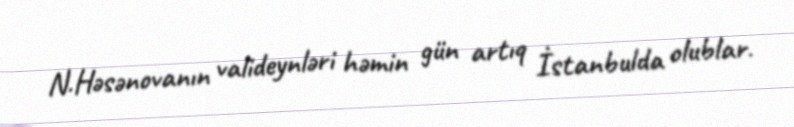
N.Həsənovanın valideynləri həmin gün artıq İstanbulda olublar.